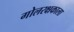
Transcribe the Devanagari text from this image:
गोलरक्षकाला